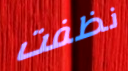
نظفت